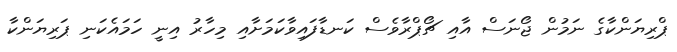
ޕްރިޔަންކާގެ ނަމުން ޖޯނަސް އާއި ޗޯޕްރާވެސް ކަނޑާފައިވާކަމަށާއި މިހާރު އިނީ ހަމައެކަނި ޕަރިޔަންކާ